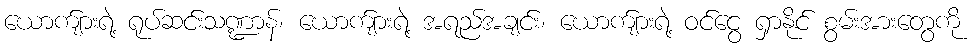
ယောက်ျားရဲ့ ရုပ်ဆင်းသဏ္ဍာန်၊ ယောက်ျားရဲ့ အရည်အချင်း၊ ယောက်ျားရဲ့ ဝင်ငွေ ရှာနိုင် စွမ်းအားတွေကို